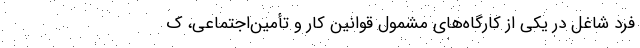
فرد شاغل در یکی از کارگاه‌های مشمول قوانین کار و تأمین‌اجتماعی، ک